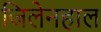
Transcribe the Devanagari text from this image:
जिलेनहाल